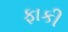
ફાકી